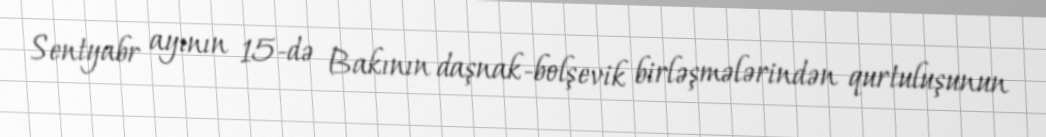
Sentyabr ayının 15-də Bakının daşnak-bolşevik birləşmələrindən qurtuluşunun